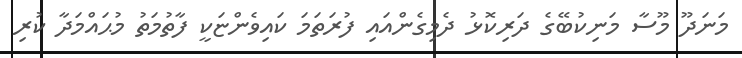
މަނަދޫ މޫސާ މަނިކުބޭގެ ދަރިކޮޅު ދެމިގެންއައި ފުރަތަމަ ކައިވެންޏަކީ ފާތުމަތު މުޙައްމަދާ ކުރި